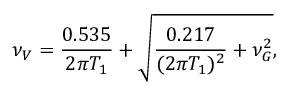
\nu _ { V } = \frac { 0 . 5 3 5 } { 2 \pi T _ { 1 } } + \sqrt { \frac { 0 . 2 1 7 } { ( 2 \pi T _ { 1 } ) ^ { 2 } } + \nu _ { G } ^ { 2 } } ,